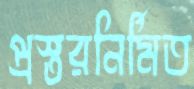
প্রস্তরনির্মিত